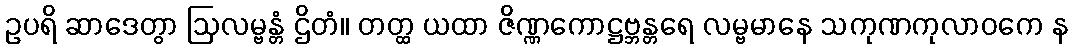
ဥပရိ ဆာဒေတွာ ဩလမ္ဗန္တံ ဌိတံ။ တတ္ထ ယထာ ဇိဏ္ဏကောဋ္ဌဗ္ဘန္တရေ လမ္ဗမာနေ သကုဏကုလာဝကေ န